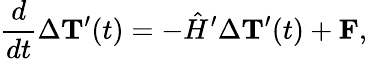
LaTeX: \frac{d}{dt}\Delta{{\mathbf T}^{\prime}}(t)=-{\hat{H}^{\prime}}\Delta{{\mathbf T}^{\prime}}(t)+{\mathbf F},